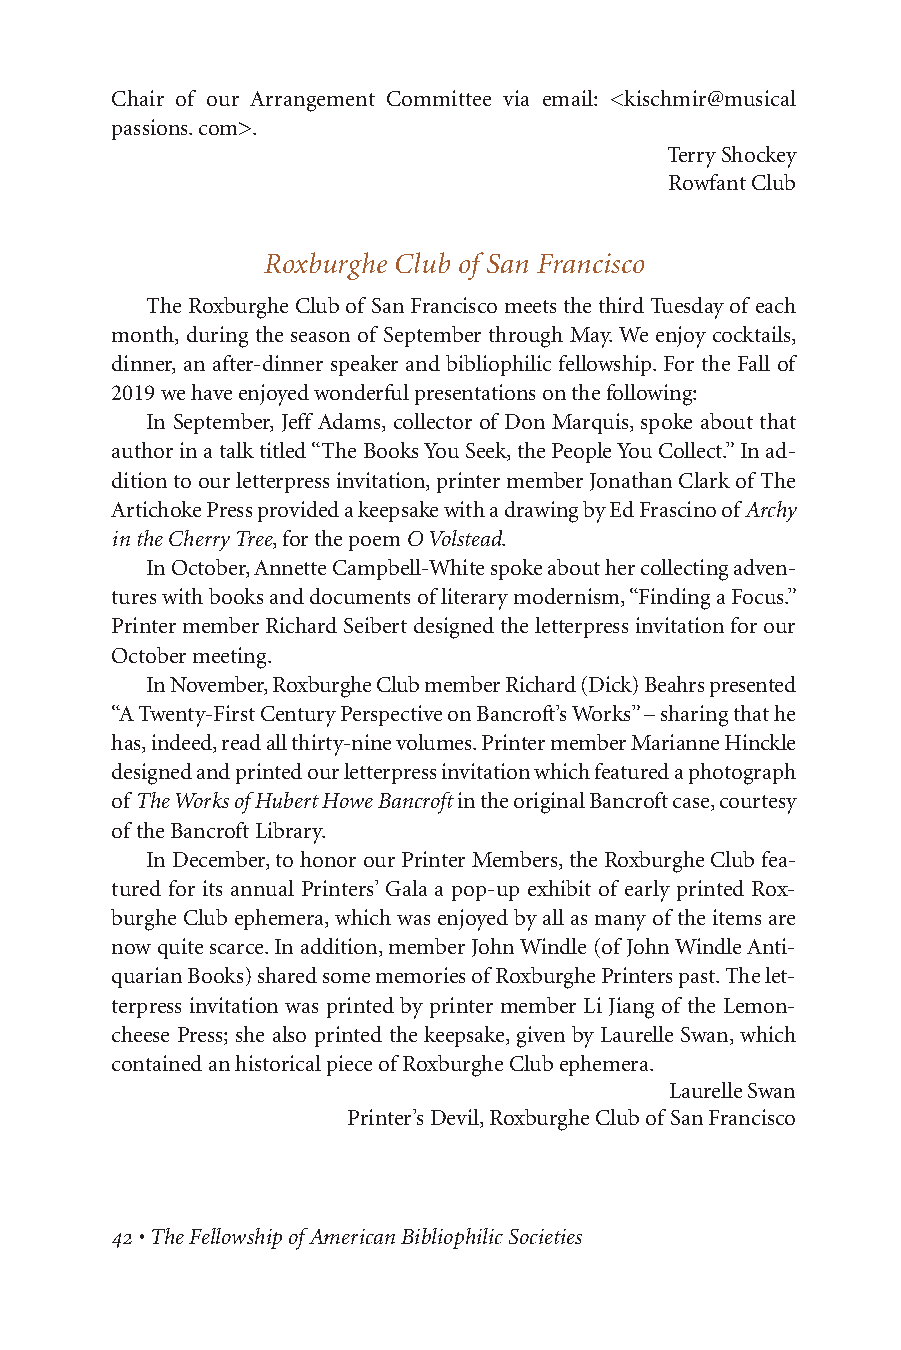
Chair of our Arrangement Committee via email: <kischmir@musical
 passions. com>.
 Terry Shockey
 Rowfant Club
 Roxburghe Club of San Francisco
 The Roxburghe Club of San Francisco meets the third Tuesday of each
 month, during the season of September through May. We enjoy cocktails,
 dinner, an after-dinner speaker and bibliophilic fellowship. For the Fall of
 2019 we have enjoyed wonderful presentations on the following:
 In September, Jeff Adams, collector of Don Marquis, spoke about that
 author in a talk titled “The Books You Seek, the People You Collect.” In ad-
 dition to our letterpress invitation, printer member Jonathan Clark of The
 Artichoke Press provided a keepsake with a drawing by Ed Frascino of Archy
 in the Cherry Tree, for the poem O Volstead.
 In October, Annette Campbell-White spoke about her collecting adven-
 tures with books and documents of literary modernism, “Finding a Focus.”
 Printer member Richard Seibert designed the letterpress invitation for our
 October meeting.
 In November, Roxburghe Club member Richard (Dick) Beahrs presented
 “A Twenty-First Century Perspective on Bancroft’s Works” – sharing that he
 has, indeed, read all thirty-nine volumes. Printer member Marianne Hinckle
 designed and printed our letterpress invitation which featured a photograph
 of The Works of Hubert Howe Bancroftin the original Bancroft case, courtesy
 of the Bancroft Library.
 In December, to honor our Printer Members, the Roxburghe Club fea-
 tured for its annual Printers’ Gala a pop-up exhibit of early printed Rox-
 burghe Club ephemera, which was enjoyed by all as many of the items are
 now quite scarce. In addition, member John Windle (of John Windle Anti-
 quarian Books) shared some memories of Roxburghe Printers past. The let-
 terpress invitation was printed by printer member Li Jiang of the Lemon-
 cheese Press; she also printed the keepsake, given by Laurelle Swan, which
 contained an historical piece of Roxburghe Club ephemera.
 Laurelle Swan
 Printer’s Devil, Roxburghe Club of San Francisco
 • The Fellowship of American Bibliophilic Societies